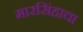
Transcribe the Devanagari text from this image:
मारसिंहाचा